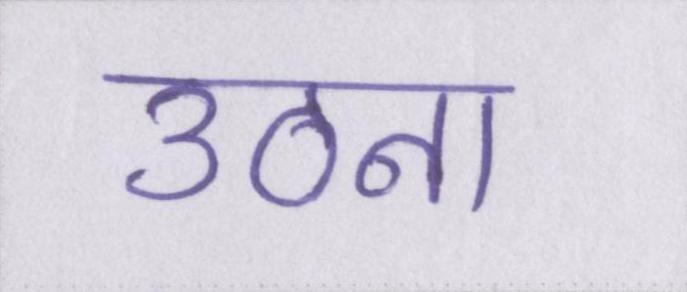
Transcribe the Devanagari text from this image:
उठना